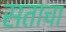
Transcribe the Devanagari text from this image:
सताचा